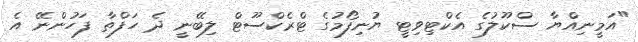
"އަމީނިއްޔާ ސްކޫލުގެ އެކްޓިވިޓީ ޔުނިފޯމުގެ ޓްރެކްސޫޓް ލިބޭނީ ދެ ހަފްތާ ފަހުންނޭ އެ